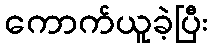
ကောက်ယူခဲ့ပြီး